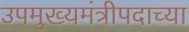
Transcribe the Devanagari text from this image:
उपमुख्यमंत्रीपदाच्या